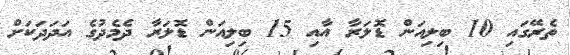
ތެރޭގައި 10 ބިލިއަން ޑޮލަރާ އާއި 15 ބިލިއަން ޑޮލަރާ ދެމެދުގެ އަދަދަކަށް